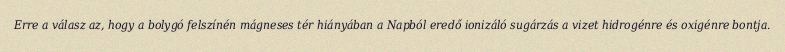
Erre a válasz az, hogy a bolygó felszínén mágneses tér hiányában a Napból eredő ionizáló sugárzás a vizet hidrogénre és oxigénre bontja.